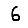
Digit: 6